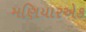
મણિયારએક